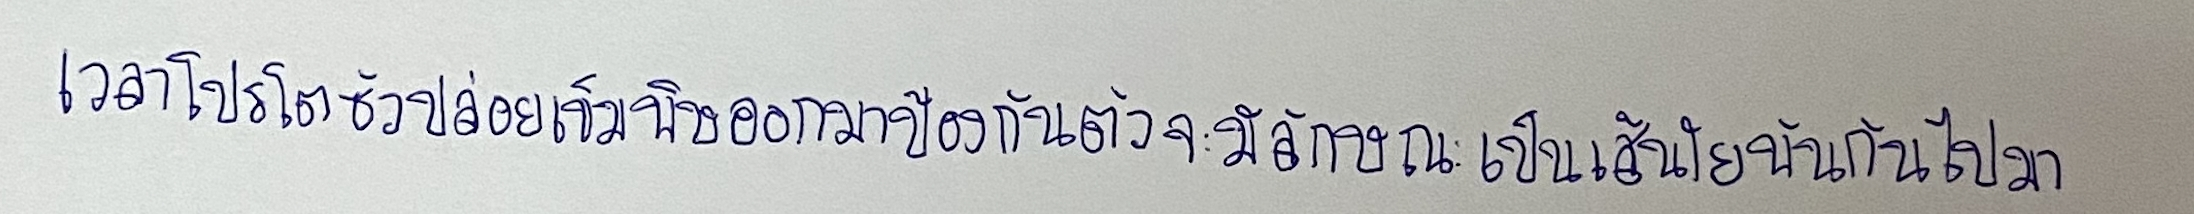
เวลาโปรโตซัวปล่อยเข็มพิษออกมาป้องกันตัวจะมีลักษณะเป็นเส้นใยพันกันไปมา